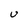
Character: U